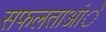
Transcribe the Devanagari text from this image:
सफलताआंे